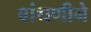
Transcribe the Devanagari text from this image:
बांधणीने